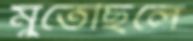
মুতেছিলে